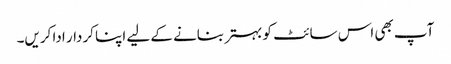
آپ بھی اس سائٹ کو بہتر بنانے کے لیے اپنا کردار ادا کریں۔